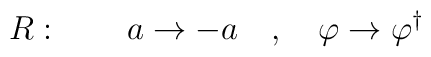
R: \qquad a \rightarrow -a \quad , \quad\varphi \rightarrow\varphi^{\dagger}